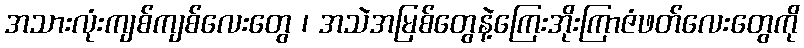
အသားလုံးကျစ်ကျစ်လေးတွေ ၊ အသဲအမြစ်တွေနဲ့ကြေးအိုးကြာဇံဖတ်လေးတွေကို